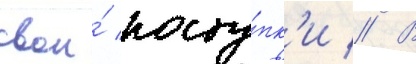
свои́ посту́пк'и // В